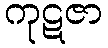
ကုဋဇာ